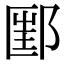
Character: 𨝇